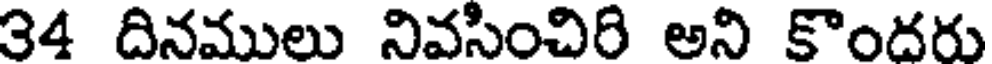
34 దినములు నివసించిరి అని కొందరు